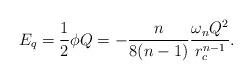
LaTeX: \begin{align*}E_q = \frac{1}{2}\phi Q =-\frac{n}{8(n-1)}\frac{\omega_nQ^2}{r_c^{n-1}}.\end{align*}